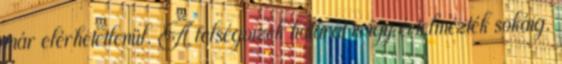
már elérhetetlenül. A felségvizek határát is így értelmezték sokáig.